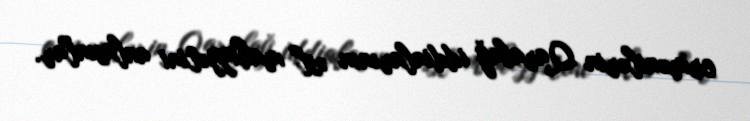
ermənilərin Qarabağ iddialarının əsl mahiyyətini anlasınlar.